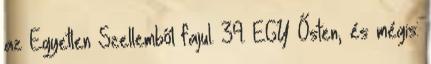
az Egyetlen Szellemből fajul. 39. EGY Ősten, és mégis: